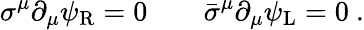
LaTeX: \sigma^{\mu}\partial_{\mu}\psi_{\mathrm{{R}}}=0\qquad{\bar{\sigma}}^{\mu}\partial_{\mu}\psi_{\mathrm{{L}}}=0~.